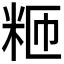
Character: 𫂸